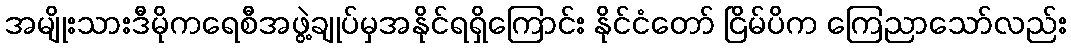
အမျိုးသားဒီမိုကရေစီအဖွဲ့ချုပ်မှအနိုင်ရရှိကြောင်း နိုင်ငံတော် ငြိမ်ပိက ကြေညာသော်လည်း